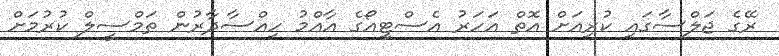
ރޭގެ ޖަލްސާގައި ކުރިއަށް އޮތް އަހަރު އެސްޓީއޯގެ އާއްމު ހިއްސާދާރުން ތަމްސީލް ކުރުމަށް